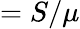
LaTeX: =S/\mu